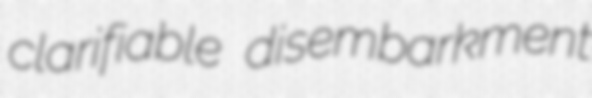
clarifiable disembarkment